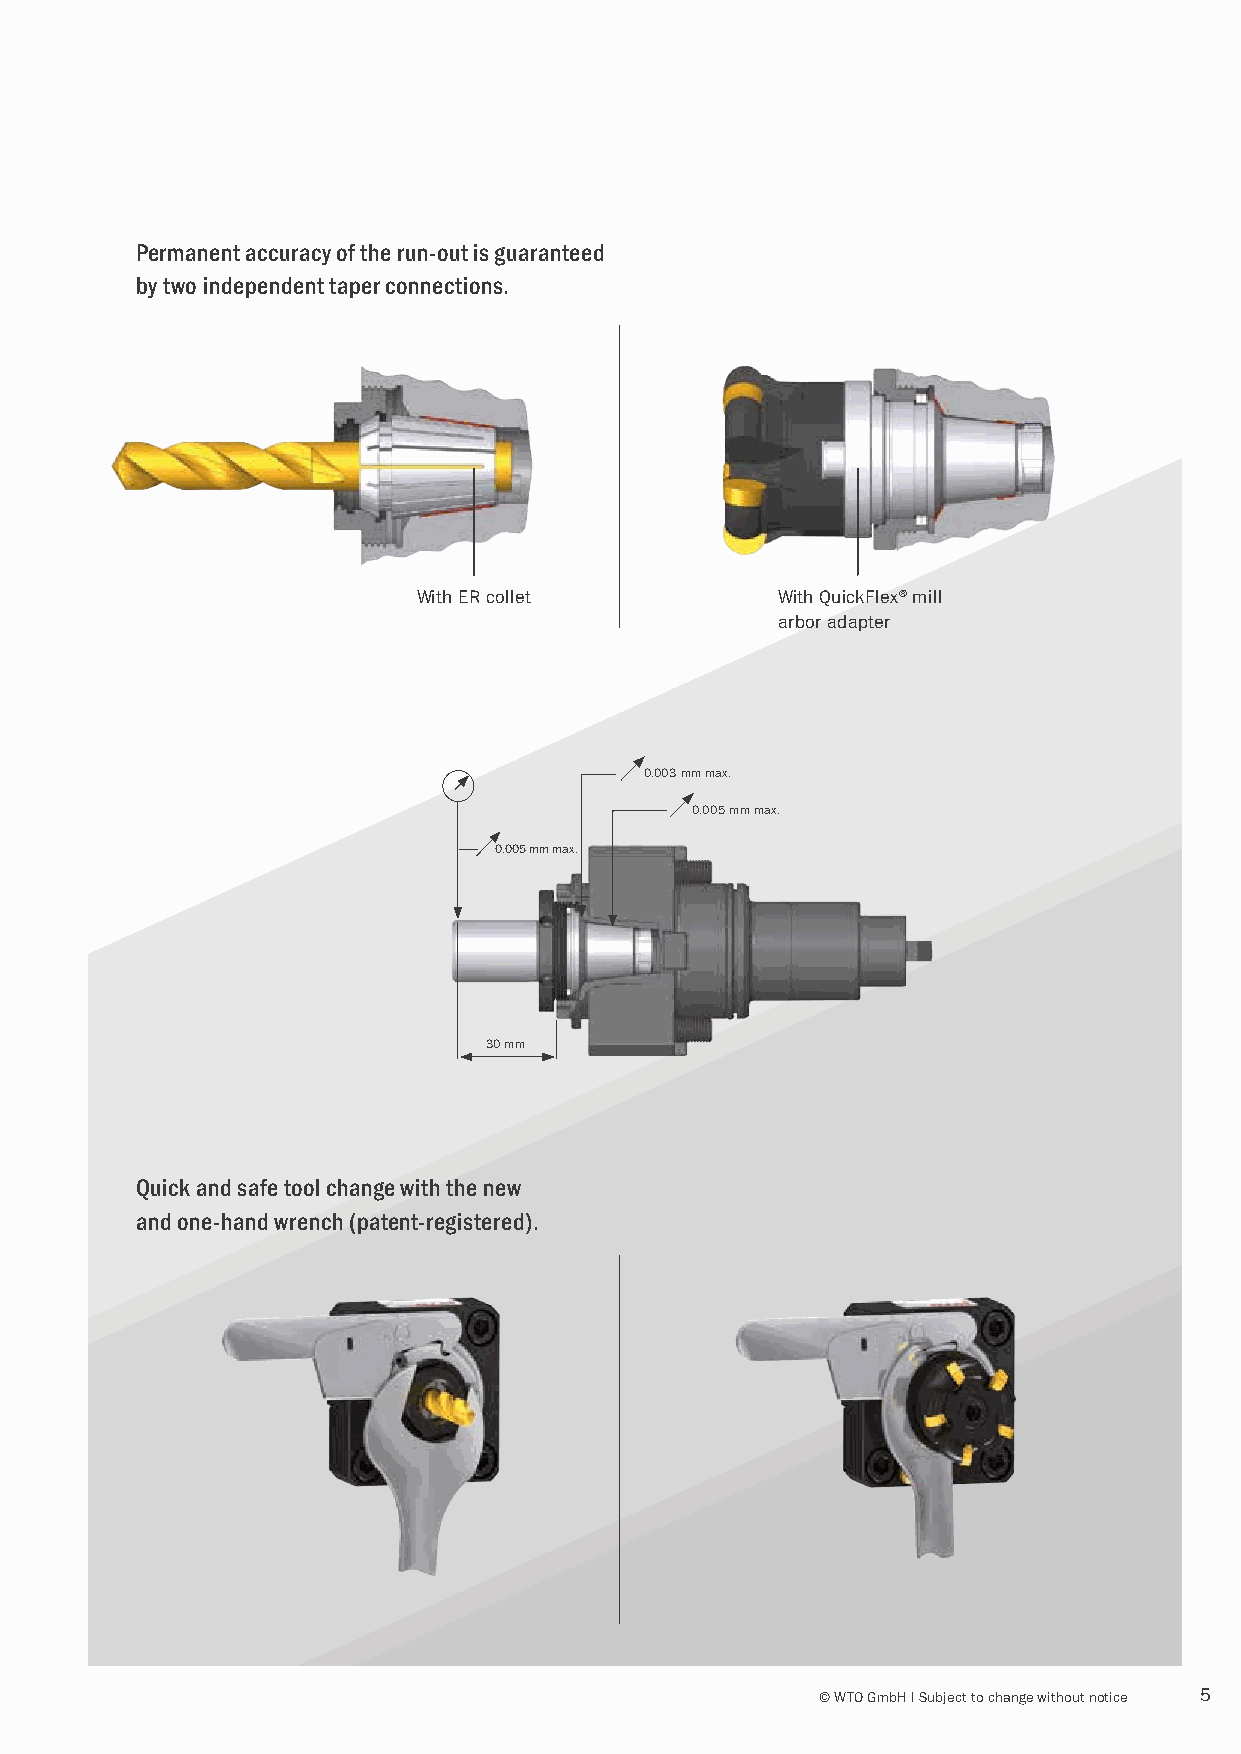
Permanent accuracy of the run-out is guaranteed
 by two independent taper connections.
 With ER collet         With QuickFlex® mill
 arbor adapter
 0.003 mm max.
 0.005 mm max.
 0.005 mm max.
 30 mm
 Quick and safe tool change with the new
 and one-hand wrench (patent-registered).
 © WTO GmbH I Subject to change without notice 5